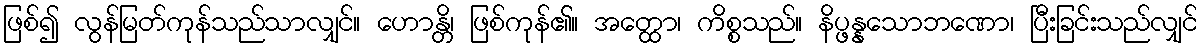
ဖြစ်၍ လွန်မြတ်ကုန်သည်သာလျှင်။ ဟောန္တိ၊ ဖြစ်ကုန်၏။ အတ္ထော၊ ကိစ္စသည်။ နိပ္ဖန္နသောဘဏော၊ ပြီးခြင်းသည်လျှင်